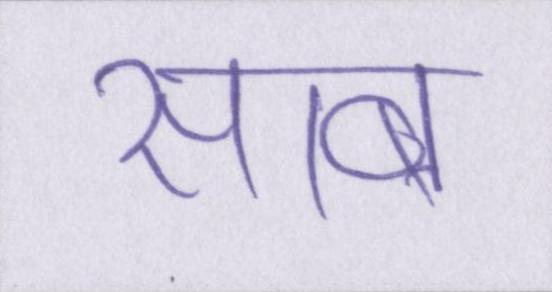
साब